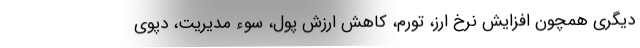
دیگری همچون افزایش نرخ ارز، تورم، کاهش ارزش پول، سوء مدیریت، دپوی